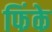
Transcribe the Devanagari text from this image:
फिंके